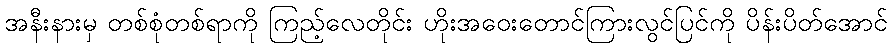
အနီးနားမှ တစ်စုံတစ်ရာကို ကြည့်လေတိုင်း ဟိုးအဝေးတောင်ကြားလွင်ပြင်ကို ပိန်းပိတ်အောင်